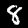
Digit: 8